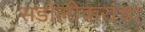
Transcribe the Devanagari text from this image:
सडोलीकरांचा